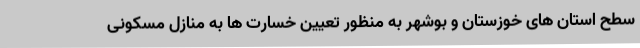
سطح استان های خوزستان و بوشهر به منظور تعیین خسارت ها به منازل مسکونی